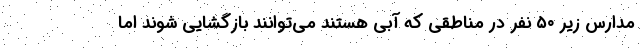
مدارس زیر ۵۰ نفر در مناطقی که آبی هستند می‌توانند بازگشایی شوند اما